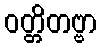
ဝတ္တိတဗ္ဗာ